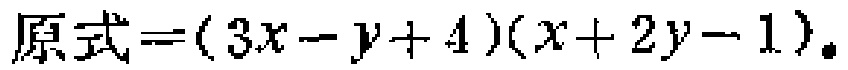
原式\(=(3x - y + 4)(x + 2y - 1)\)。